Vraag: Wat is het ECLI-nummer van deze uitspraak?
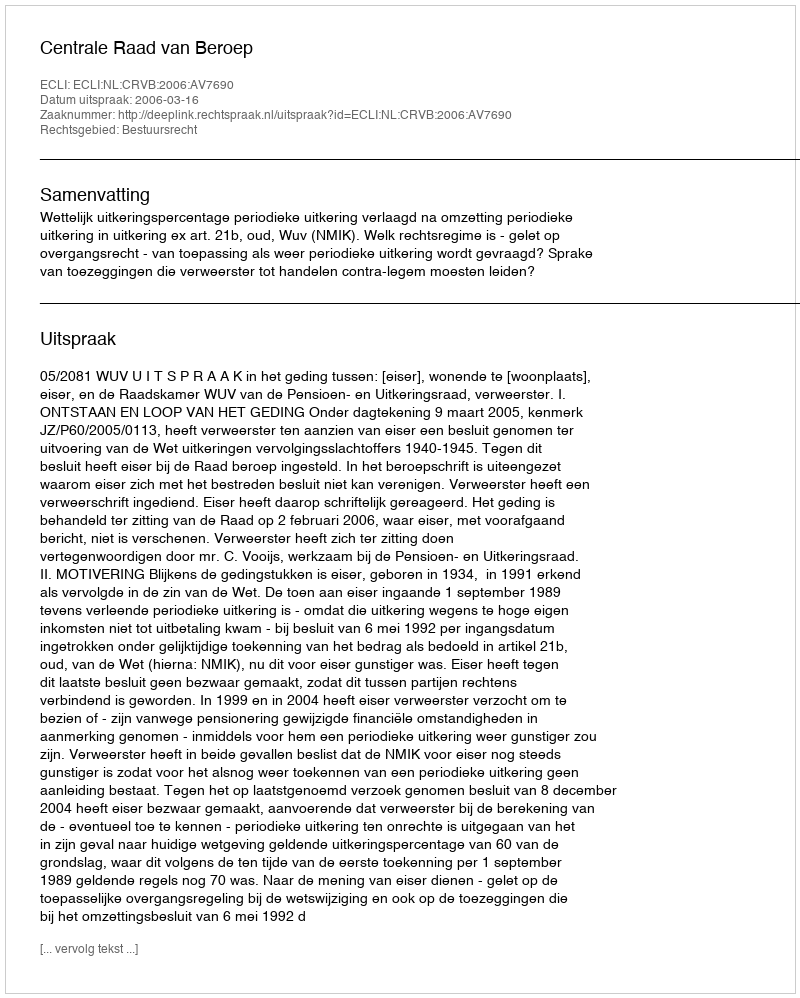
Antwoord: ECLI:NL:CRVB:2006:AV7690